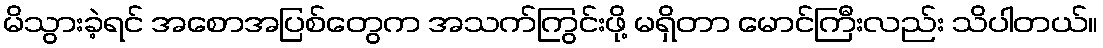
မိသွားခဲ့ရင် အစောအပြစ်တွေက အသက်ကြွင်းဖို့ မရှိတာ မောင်ကြီးလည်း သိပါတယ်။